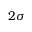
2 \sigma